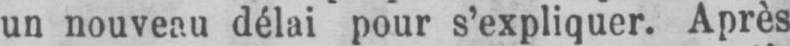
un nouveau délai pour s’expliquer. Après